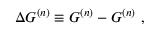
\Delta G ^ { ( n ) } \equiv G ^ { ( n ) } - G ^ { ( n ) } \ ,